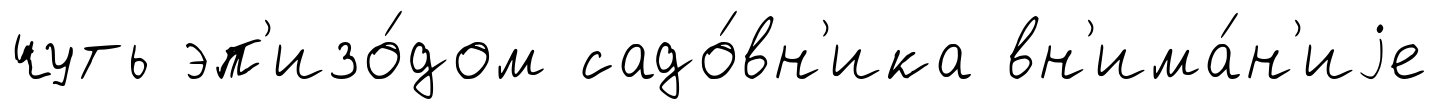
чуть эп'изо́дом садо́вн'ика вн'има́н'иjе